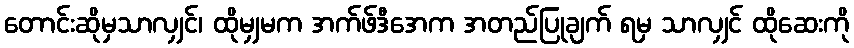
တောင်းဆိုမှသာလျှင်၊ ထိုမျှမက အက်ဖ်ဒီအေက အတည်ပြုချက် ရမှ သာလျှင် ထိုဆေးကို